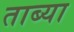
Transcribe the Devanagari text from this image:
ताब्या